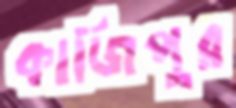
কাজিপুর